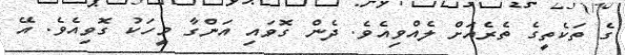
ގެ ތަކެތީގެ ތެރެއަށް ލެއްވިއެވެ. ދެން ގޮވައި އަންގާ މީހަކު ގޮވިއެވެ. އޭ